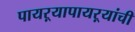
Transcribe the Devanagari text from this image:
पायऱ्यापायऱ्यांची